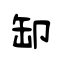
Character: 缷